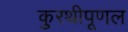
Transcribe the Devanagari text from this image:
कुरथीपूणल